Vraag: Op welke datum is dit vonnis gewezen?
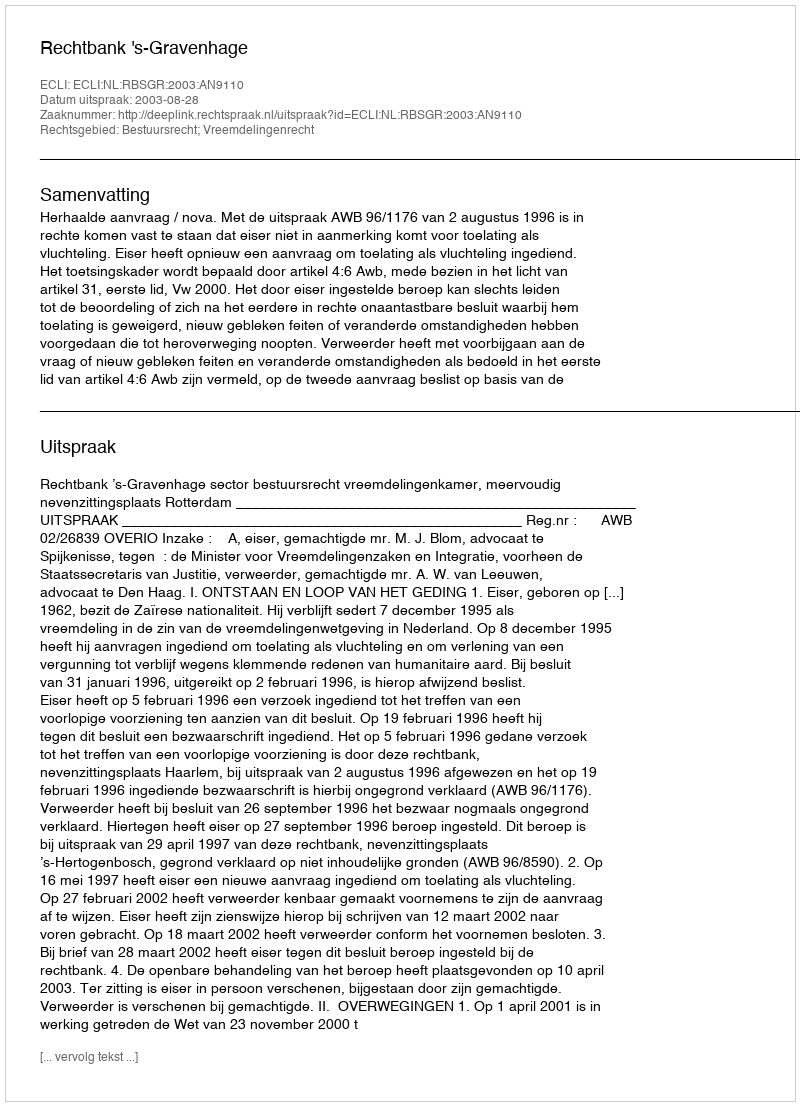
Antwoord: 2003-08-28